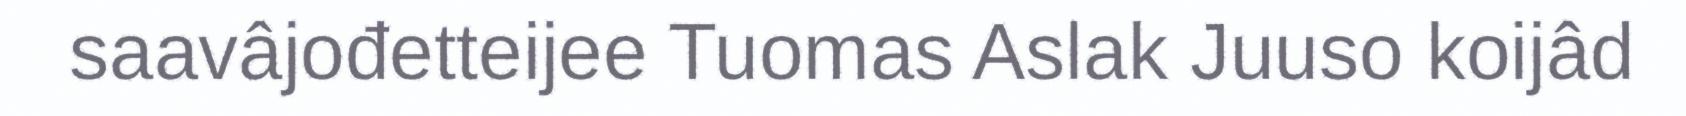
saavâjođetteijee Tuomas Aslak Juuso koijâd